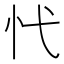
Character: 𢖺